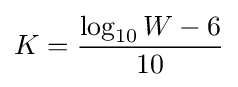
K={\frac {\log _{10}{W}-6}{10}}